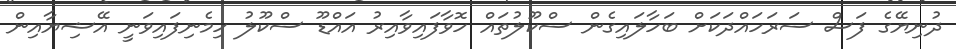
ދުނިޔޭގެ ފަސް ސަރަހައްދަކަށް ބަހާލައިގެން ސްކޫލުތައް ހޮވާފައިވާއިރު އައްޑޫ ސްކޫލު ހިމެނިފައިވަނީ އޭޝިޔާއިން